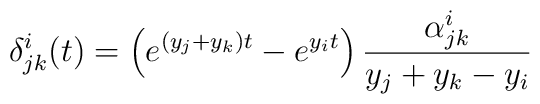
\delta^i_{jk}(t) =\left(e^{(y_j+ y_k)t} -e^{y_it}\right)\frac{\alpha^i_{jk}}{y_j + y_k - y_i}